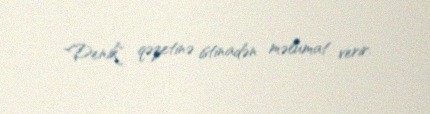
"Denik" qəzetinə istinadən məlumat verir.